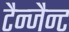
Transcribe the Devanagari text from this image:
टैन्जैन्ट